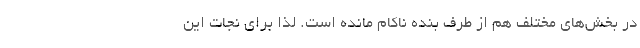
در بخش‌های مختلف هم از طرف بنده ناکام مانده است. لذا برای نجات این